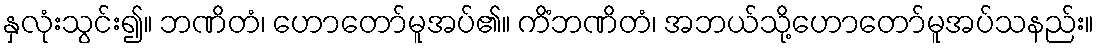
နှလုံးသွင်း၍။ ဘဏိတံ၊ ဟောတော်မူအပ်၏။ ကိံဘဏိတံ၊ အဘယ်သို့ဟောတော်မူအပ်သနည်း။